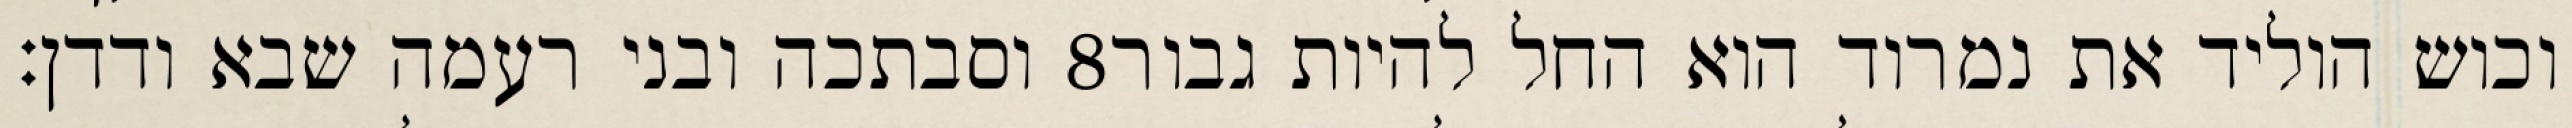
וסבתכה ובני רעמה שבא ודדן׃ ‎8‏ וכוש הוליד את נמרוד הוא החל להיות גבור